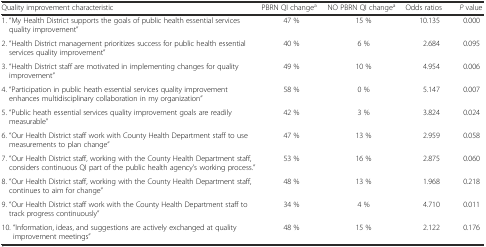
| Quality improvement characteristic | PBRN QI changea | NO PBRN QI changea | Odds ratios | P value |
 | --- | --- | --- | --- | --- |
 | 1. “My Health District supports the goals of public health essential services quality improvement” | 47 % | 15 % | 10.135 | 0.000 |
 | 2. “Health District management prioritizes success for public health essential services quality improvement” | 40 % | 6 % | 2.684 | 0.095 |
 | 3. “Health District staff are motivated in implementing changes for quality improvement” | 49 % | 10 % | 4.954 | 0.006 |
 | 4. “Participation in public heath essential services quality improvement enhances multidisciplinary collaboration in my organization” | 58 % | 0 % | 5.147 | 0.007 |
 | 5. “Public heath essential services quality improvement goals are readily measurable” | 42 % | 3 % | 3.824 | 0.024 |
 | 6. “Our Health District staff work with County Health Department staff to use measurements to plan change” | 47 % | 13 % | 2.959 | 0.058 |
 | 7. “Our Health District staff, working with the County Health Department staff, considers continuous QI part of the public health agency’s working process.” | 53 % | 16 % | 2.875 | 0.060 |
 | 8. “Our Health District staff, working with the County Health Department staff, continues to aim for change” | 48 % | 13 % | 1.968 | 0.218 |
 | 9. “Our Health District staff work with the County Health Department staff to track progress continuously” | 34 % | 4 % | 4.710 | 0.011 |
 | 10. “Information, ideas, and suggestions are actively exchanged at quality improvement meetings” | 48 % | 15 % | 2.122 | 0.176 |